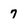
Character: 7